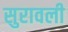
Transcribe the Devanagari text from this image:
सुरावली